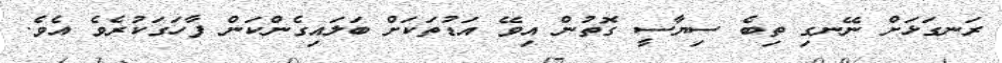
ރަނގަޅަށް ނޭނގި ތިބެ ސިޔާސީ ގޮތުން އިވޭ އަޑުތަކަށް ބަލައިގެންކަން ފާހަގަކުރެވެ އެވެ.